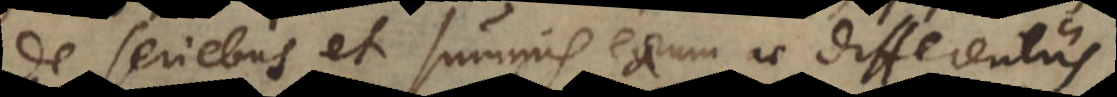
e seriebus et summis earum ac differentiis